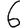
Digit: 6